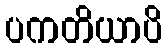
ပကတိယာပိ